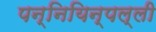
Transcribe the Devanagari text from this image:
पन्नियिन्पल्ली